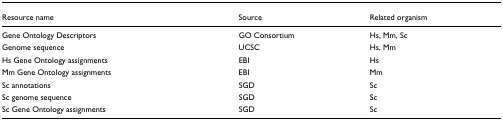
| Resource name | Source | Related organism |
 | --- | --- | --- |
 | Gene Ontology Descriptors | GO Consortium | Hs, Mm, Sc |
 | Genome sequence | UCSC | Hs, Mm |
 | Hs Gene Ontology assignments | EBI | Hs |
 | Mm Gene Ontology assignments | EBI | Mm |
 | Sc annotations | SGD | Sc |
 | Sc genome sequence | SGD | Sc |
 | Sc Gene Ontology assignments | SGD | Sc |